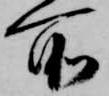
所